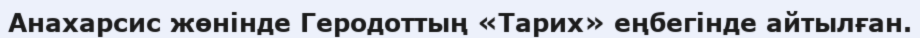
Анахарсис жөнінде Геродоттың «Тарих» еңбегінде айтылған.